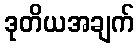
ဒုတိယအချက်